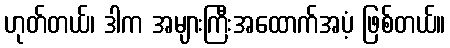
ဟုတ်တယ်၊ ဒါက အများကြီးအထောက်အပံ့ ဖြစ်တယ်။